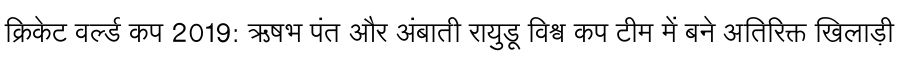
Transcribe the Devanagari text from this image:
क्रिकेट वर्ल्ड कप 2019: ऋषभ पंत और अंबाती रायुडू विश्व कप टीम में बने अतिरिक्त खिलाड़ी